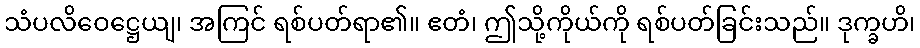
သံပလိဝေဋ္ဌေယျ၊ အကြင် ရစ်ပတ်ရာ၏။ ဧတံ၊ ဤသို့ကိုယ်ကို ရစ်ပတ်ခြင်းသည်။ ဒုက္ခဟိ၊